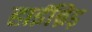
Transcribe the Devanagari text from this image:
हाईब्रिड़